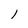
Character: 1